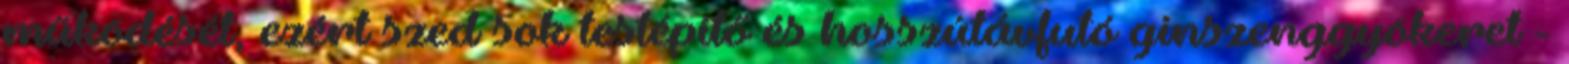
működését, ezért szed sok testépítő és hosszútávfutó ginszenggyökeret -